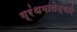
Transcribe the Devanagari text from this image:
ग्रंथमालेद्वारे